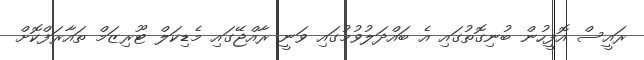
ރައީސް އޮފީހުން ބުނިގޮތުގައި އެ ބައްދަލުވުމުގައި ވަނީ ރާއްޖޭގައި މެޑިކަލް ޓޫރިޒަމް ތައާރަފްކޮށް